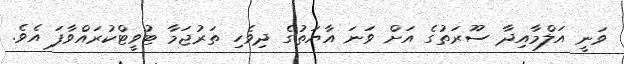
ވަނީ އަލްމާއިދާ ސޫރަތުގެ އަށް ވަނަ އާޔަތުގެ ދިވެހި ތަރުޖަމާ ޓުވީޓްކުރައްވާފަ އެވެ.